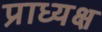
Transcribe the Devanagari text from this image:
प्राध्यक्ष